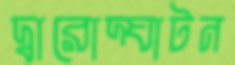
দ্বারোদ্ঘাটন